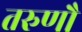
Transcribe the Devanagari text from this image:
तरुणौ